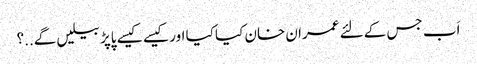
اَب جس کے لئے عمران خان کیا کیا اور کیسے کیسے پاپڑ بیلیں گے..؟